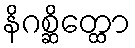
နိဂစ္ဆိတ္ထော